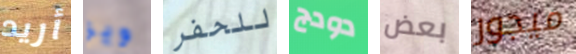
أريد ويز للحفر دودج بعض ميجور